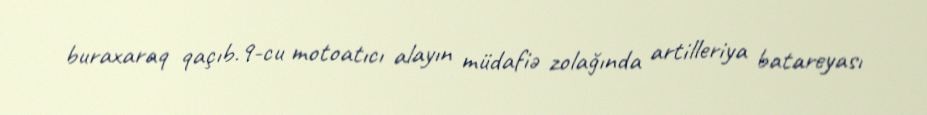
buraxaraq qaçıb.9-cu motoatıcı alayın müdafiə zolağında artilleriya batareyası